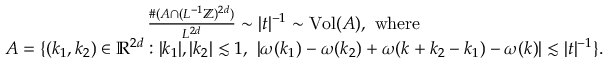
\begin{array} { r l } & { \qquad \qquad \qquad \qquad \frac { \# ( A \cap ( L ^ { - 1 } \mathbb { Z } ) ^ { 2 d } ) } { L ^ { 2 d } } \sim | t | ^ { - 1 } \sim \mathrm { V o l } ( A ) , \mathrm { \ w h e r e } } \\ & { A = \{ ( k _ { 1 } , k _ { 2 } ) \in \mathbb R ^ { 2 d } : | k _ { 1 } | , | k _ { 2 } | \lesssim 1 , \, \, | \omega ( k _ { 1 } ) - \omega ( k _ { 2 } ) + \omega ( k + k _ { 2 } - k _ { 1 } ) - \omega ( k ) | \lesssim | t | ^ { - 1 } \} . } \end{array}